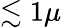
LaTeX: \lesssim 1\mu